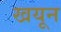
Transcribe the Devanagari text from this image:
खयून